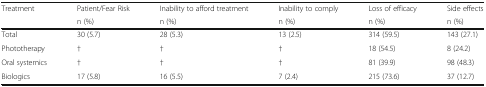
| Treatment | Patient/Fear Risk | Inability to afford treatment | Inability to comply | Loss of efficacy | Side effects |
 |  | n (%) | n (%) | n (%) | n (%) | n (%) |
 | --- | --- | --- | --- | --- | --- |
 | Total | 30 (5.7) | 28 (5.3) | 13 (2.5) | 314 (59.5) | 143 (27.1) |
 | Phototherapy | † | † | † | 18 (54.5) | 8 (24.2) |
 | Oral systemics | † | † | † | 81 (39.9) | 98 (48.3) |
 | Biologics | 17 (5.8) | 16 (5.5) | 7 (2.4) | 215 (73.6) | 37 (12.7) |